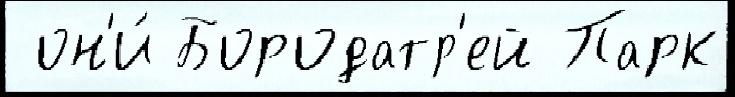
 он'и́ Бородатр'ей Парк